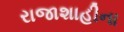
રાજાશાહીના